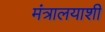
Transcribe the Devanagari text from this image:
मंत्रालयाशी